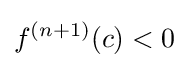
f^{(n+1)}(c)<0